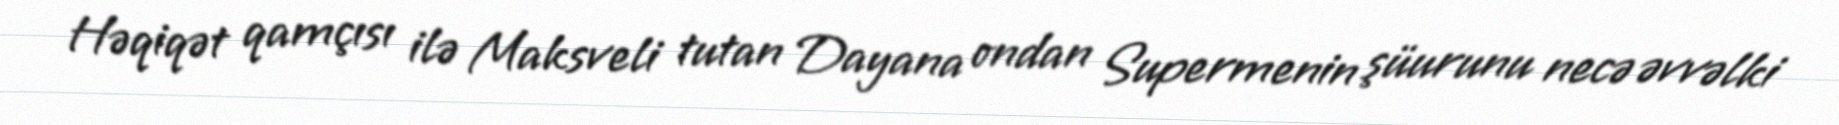
Həqiqət qamçısı ilə Maksveli tutan Dayana ondan Supermenin şüurunu necə əvvəlki